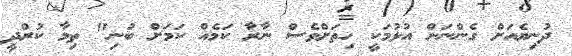
ދުނިޔެއަށް ގެންނަން އުޅުމަކީ ހިތަށްވެސް ނާރާ ކަމެއް ކަމަށް ބުނި" ތިމާ ކުރްދީ